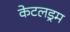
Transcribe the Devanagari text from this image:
केटलड्रम